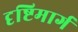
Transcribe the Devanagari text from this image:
दृष्टिमार्ग